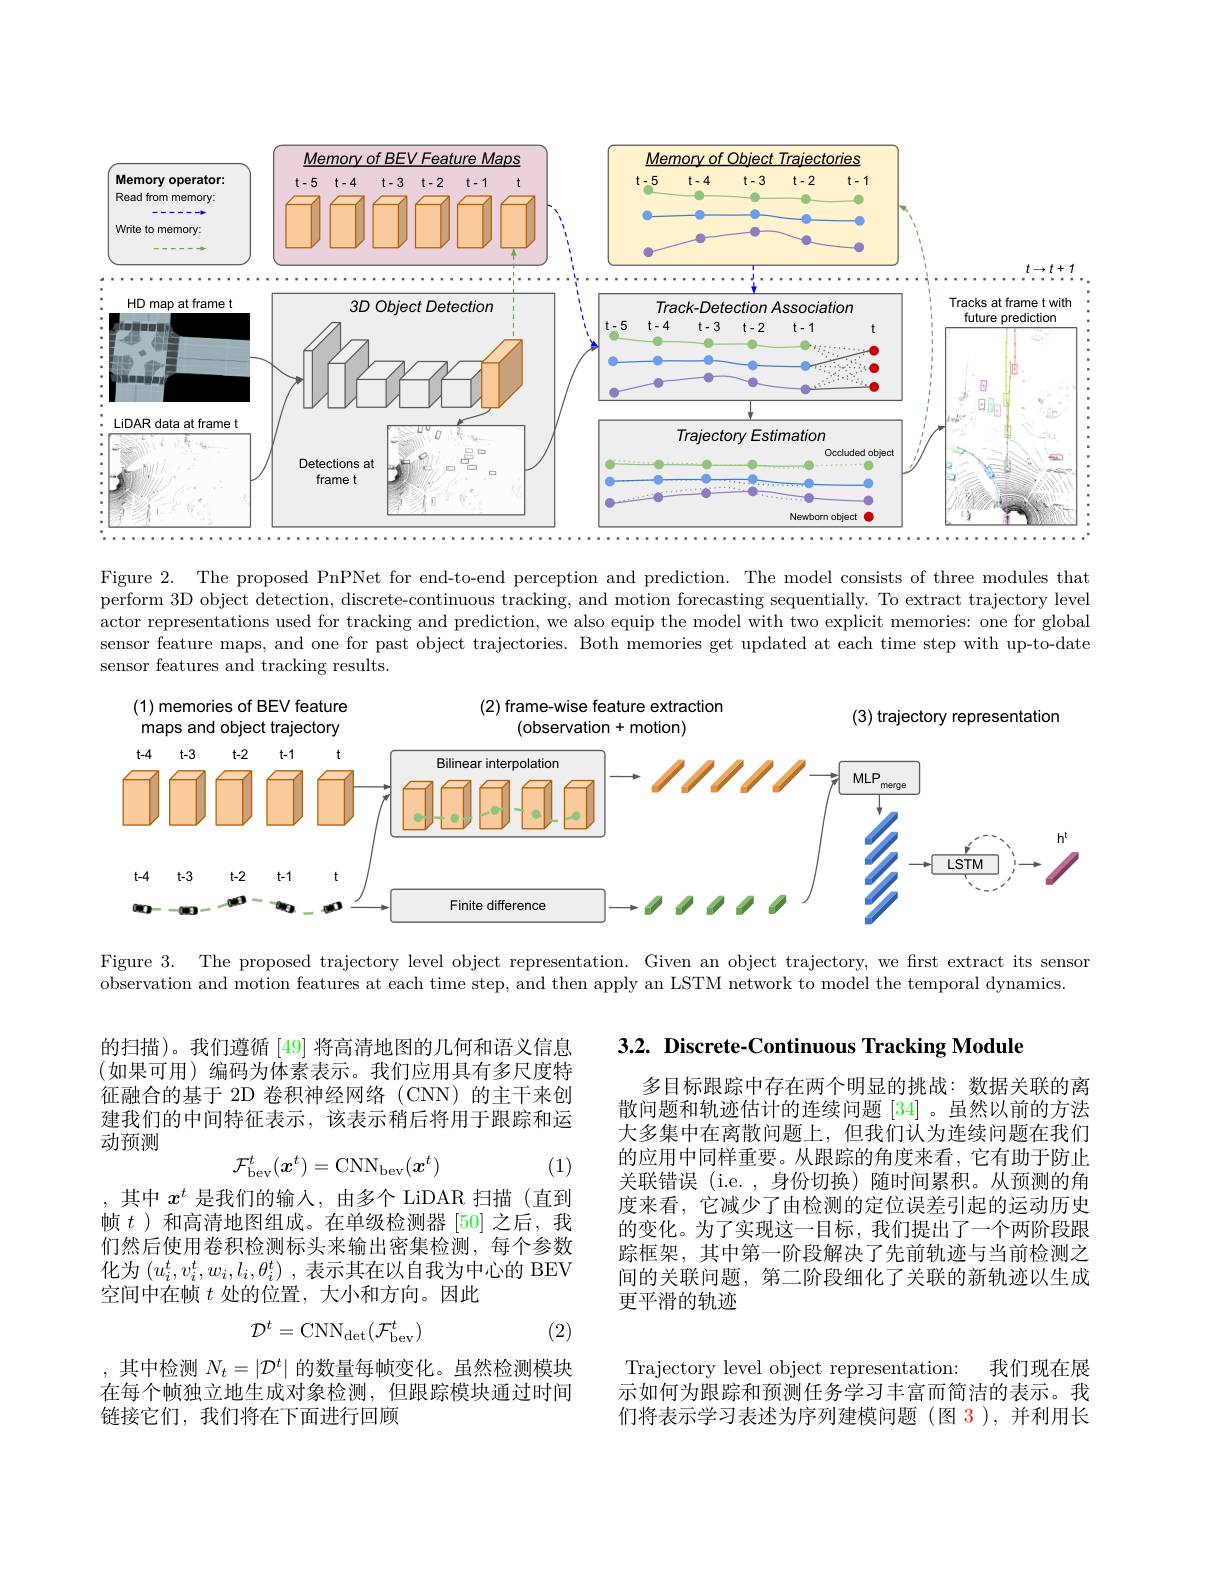
<FigureHere>

Figure 2. The proposed PnPNet for end-to-end perception and prediction. The model consists of three modules thation. The model consists of three modules thation. The proposed PnPNet for end-to-end perception and prediction. The model consists of three perform 3D object detection, discrete-continuous tracking, and motion forecasting sequentially. To extract trajectory level actor representations used for tracking and prediction, we also equip the model with two explicit memories: one for global sensor feature maps, and one for past object trajectories. Both memories get updated at each time step with up-to-date sensor features and tracking results.

(1) memories of BEV feature

(2) frame-wise feature extraction
(observation+motion)

(3) trajectory representation

maps and object trajectory
<FigureHere>

Figure 3.

The proposed trajectory level object representation. Given an object trajectory, we first extract its sensor

observation and motion features at each time step, and then apply an LSTM network to model the temporal dynamics

3.2. Discrete-Continuous Tracking Module

的扫描)。我们遵循[49]将高清地图的几何和语义信息(如果可用)编码为体素表示。我们应用具有多尺度特征融合的基于 2D 卷积神经网络 (CNN)的主干来创建我们的中间特征表示，该表示稍后将用于跟踪和运动预测
$$\mathcal{F}_{\mathrm{bev}}^t(\boldsymbol{x}^t)=\mathrm{CNN}_{\mathrm{bev}}(\boldsymbol{x}^t)$$
(1)

多目标跟踪中存在两个明显的挑战：数据关联的离散问题和轨迹估计的连续问题 [34] 。虽然以前的方法大多集中在离散问题上，但我们认为连续问题在我们的应用中同样重要。从跟踪的角度来看，它有助于防止关联错误 (i.e.,身份切换)随时间累积。从预测的角度来看，它减少了由检测的定位误差引起的运动历史的变化。为了实现这一目标，我们提出了一个两阶段跟踪框架，其中第一阶段解决了先前轨迹与当前检测之间的关联问题，第二阶段细化了关联的新轨迹以生成更平滑的轨迹

,其中$x^t$是我们的输入，由多个 LiDAR 扫描(直到帧$t$ )和高清地图组成。在单级检测器[50]之后，我们然后使用卷积检测标头来输出密集检测，每个参数化为$( u_i^t, v_i^t, w_i, l_i, \theta _i^t)$ ,表示其在以自我为中心的 BEV 空间中在帧$t$处的位置，大小和方向。因此
$$\mathcal{D}^t=\mathrm{CNN}_{\mathrm{det}}(\mathcal{F}_{\mathrm{bev}}^t)$$
(2)

,其中检测$N_t=|\mathcal{D}^t|$的数量每帧变化。虽然检测模块在每个帧独立地生成对象检测，但跟踪模块通过时间链接它们，我们将在下面进行回顾

Trajectory level object representation:
我们现在展
示如何为跟踪和预测任务学习丰富而简洁的表示。我们将表示学习表述为序列建模问题(图 3),并利用长